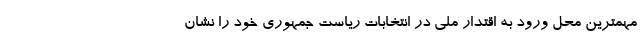
مهمترین محل ورود به اقتدار ملی در انتخابات ریاست جمهوری خود را نشان